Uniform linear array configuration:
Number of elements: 16
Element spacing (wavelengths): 0.5
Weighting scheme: binomial
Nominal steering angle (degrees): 60
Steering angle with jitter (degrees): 61.234
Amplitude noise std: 0.05
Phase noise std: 0.05

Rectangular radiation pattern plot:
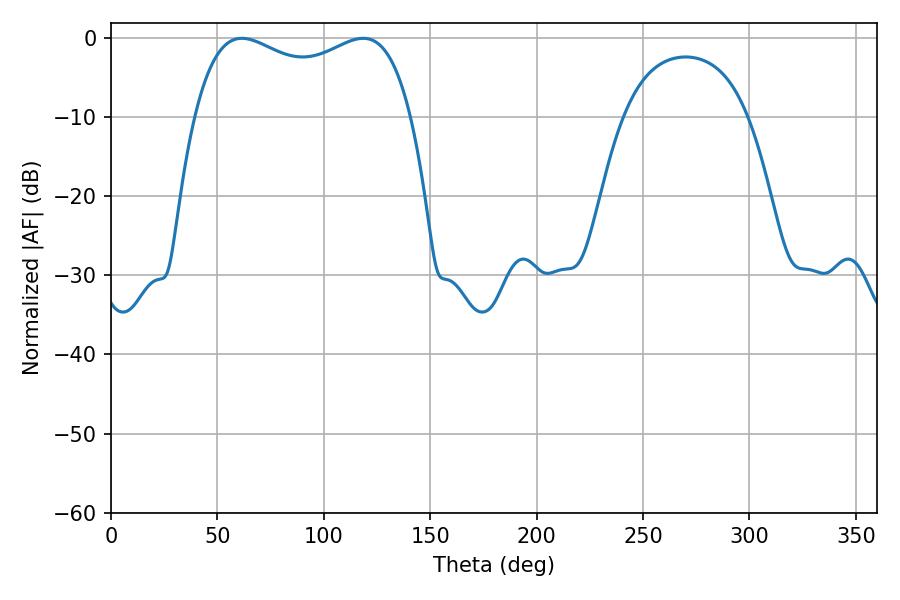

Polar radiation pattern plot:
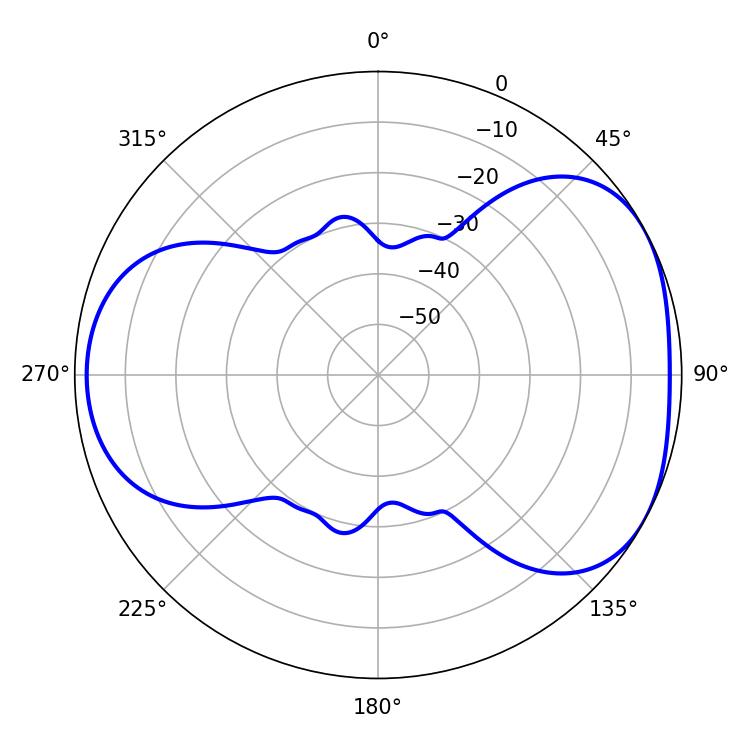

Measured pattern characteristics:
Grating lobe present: FALSE
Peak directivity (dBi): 4.513
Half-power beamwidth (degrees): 83.88
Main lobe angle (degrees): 61.56